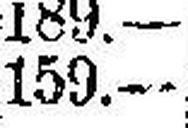
159.—